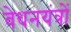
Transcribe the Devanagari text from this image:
वेधनयंत्रों